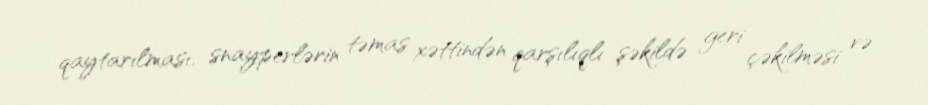
qaytarılması, snayperlərin təmas xəttindən qarşılıqlı şəkildə geri çəkilməsi və